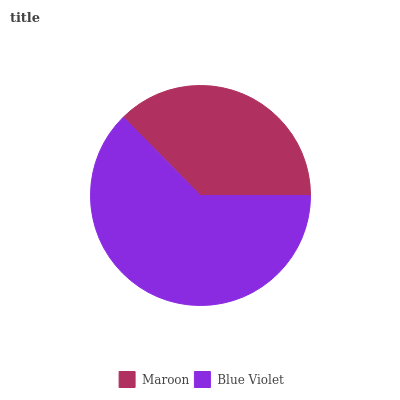
| Maroon | Blue Violet |
 | --- | --- |
 | 37.4% | 62.6% |